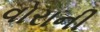
વોરાની